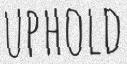
UPHOLD